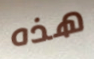
هذه